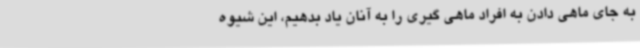
به جای ماهی دادن به افراد ماهی گیری را به آنان یاد بدهیم، این شیوه